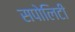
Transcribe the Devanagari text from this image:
सपोलिटी